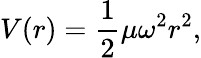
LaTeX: V(r)={\frac{1}{2}}\mu\omega^{2}r^{2},